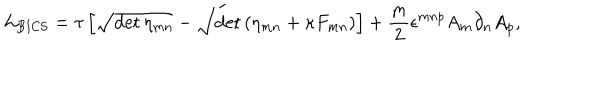
LaTeX: { \cal L } _ { \mathrm { B I C S } } = \tau \left[ \sqrt { \det \eta _ { m n } } - \sqrt { \det \left( \eta _ { m n } + \kappa F _ { m n } \right) } \right] + \frac { m } { 2 } \epsilon ^ { m n p } A _ { m } \partial _ { n } A _ { p } ,